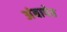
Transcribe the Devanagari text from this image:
अंबापेठ